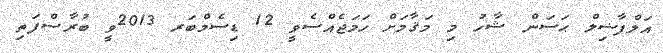
އަލްފާޟިލް ޙަސަން ޝާހު މި މަޤާމަށް ހަމަޖެއްސެވީ 12 ޑިސެމްބަރ 2013ވީ ބުރާސްފަތި